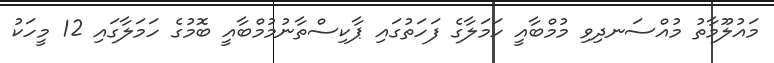
މައުލޫމާތު މުއްސަނދިވި މުމްބާއީ ހަމަލާގެ ފަހަތުގައި ޕާކިސްތާނުމުމްބާއީ ބޮމުގެ ހަމަލާގައި 12 މީހަކު